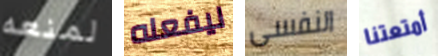
لمنعه ليفعله النفسى أمتعتنا